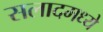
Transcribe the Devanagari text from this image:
सलादमध्ये